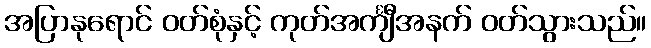
အပြာနုရောင် ဝတ်စုံနှင့် ကုတ်အင်္ကျီအနက် ဝတ်သွားသည်။